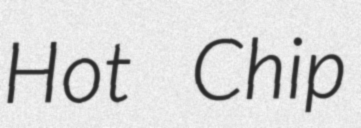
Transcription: Hot Chip